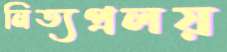
নিত্যপ্রলয়